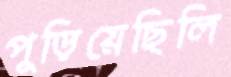
পুড়িয়েছিলি